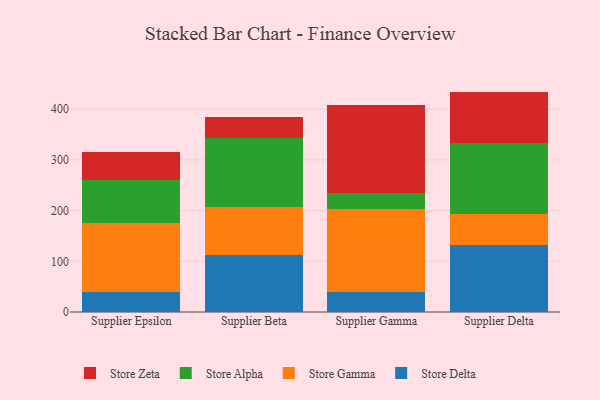
{"axis": {"x": "Supplier", "y": "Demand Index"}, "legend": ["Store Alpha", "Store Delta", "Store Gamma", "Store Zeta"], "data": [{"x": "Supplier Epsilon", "y": 38.5, "type": "Store Delta"}, {"x": "Supplier Epsilon", "y": 136.8, "type": "Store Gamma"}, {"x": "Supplier Epsilon", "y": 84.8, "type": "Store Alpha"}, {"x": "Supplier Epsilon", "y": 55.8, "type": "Store Zeta"}, {"x": "Supplier Beta", "y": 112.4, "type": "Store Delta"}, {"x": "Supplier Beta", "y": 95.0, "type": "Store Gamma"}, {"x": "Supplier Beta", "y": 136.3, "type": "Store Alpha"}, {"x": "Supplier Beta", "y": 41.6, "type": "Store Zeta"}, {"x": "Supplier Gamma", "y": 39.0, "type": "Store Delta"}, {"x": "Supplier Gamma", "y": 163.9, "type": "Store Gamma"}, {"x": "Supplier Gamma", "y": 31.1, "type": "Store Alpha"}, {"x": "Supplier Gamma", "y": 174.4, "type": "Store Zeta"}, {"x": "Supplier Delta", "y": 133.0, "type": "Store Delta"}, {"x": "Supplier Delta", "y": 60.0, "type": "Store Gamma"}, {"x": "Supplier Delta", "y": 139.8, "type": "Store Alpha"}, {"x": "Supplier Delta", "y": 101.9, "type": "Store Zeta"}]}